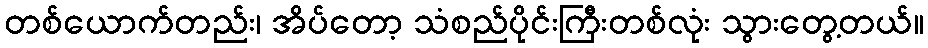
တစ်ယောက်တည်း၊ အိပ်တော့ သံစည်ပိုင်းကြီးတစ်လုံး သွားတွေ့တယ်။